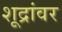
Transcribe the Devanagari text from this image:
शूद्रांवर